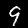
Digit: 9